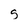
Character: s